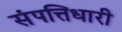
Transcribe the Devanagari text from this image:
संपत्तिधारी